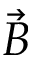
\vec { B }